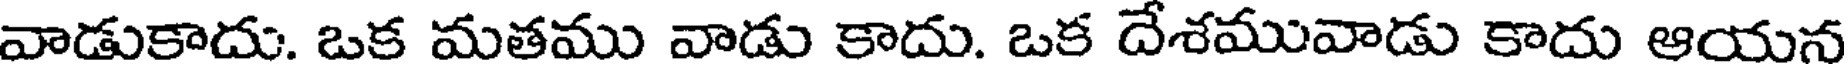
వాడుకాదు. ఒక మతము వాడు కాదు. ఒక దేశమువాడు కాదు ఆయన